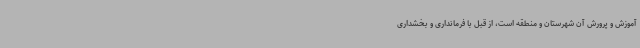
آموزش و پرورش آن شهرستان و منطقه است، از قبل با فرمانداری و بخشداری